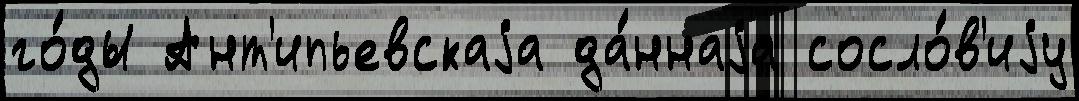
го́ды Ант'ипьевскаjа да́ннаjа сосло́в'иjу